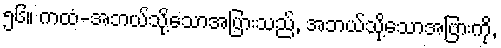
၅၆။ ကထံ-အဘယ်သို့သောအပြားသည်, အဘယ်သို့သောအပြားကို,